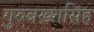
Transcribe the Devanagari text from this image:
गुरुबख्शसिंह